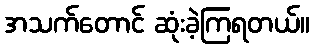
အသက်တောင် ဆုံးခဲ့ကြရတယ်။